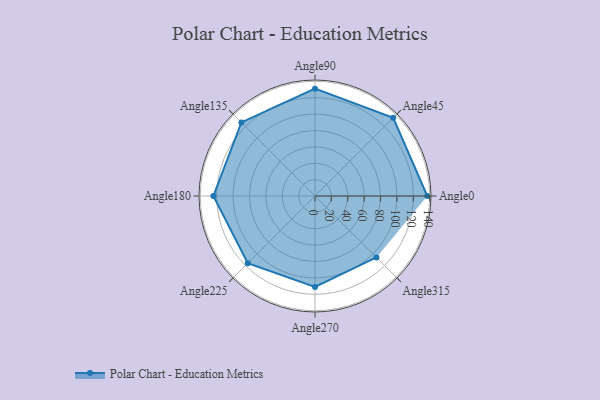
{"axis": {"x": "Angle", "y": "Radius"}, "legend": [""], "data": [{"x": "Angle0", "y": 137.0, "type": ""}, {"x": "Angle45", "y": 135.0, "type": ""}, {"x": "Angle90", "y": 131.0, "type": ""}, {"x": "Angle135", "y": 127.0, "type": ""}, {"x": "Angle180", "y": 124.0, "type": ""}, {"x": "Angle225", "y": 116.0, "type": ""}, {"x": "Angle270", "y": 111.0, "type": ""}, {"x": "Angle315", "y": 106.0, "type": ""}]}